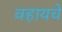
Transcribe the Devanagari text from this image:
वहायचे